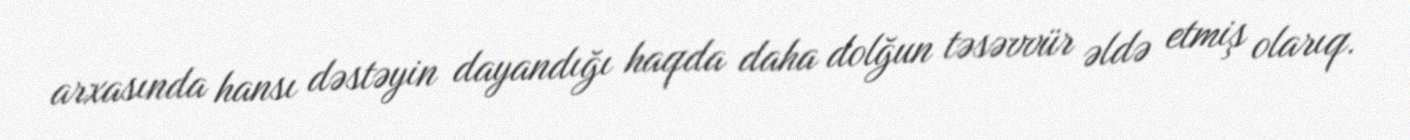
arxasında hansı dəstəyin dayandığı haqda daha dolğun təsəvvür əldə etmiş olarıq.